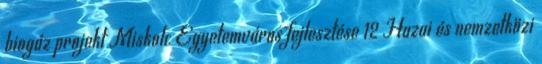
biogáz projekt Miskolc Egyetemváros fejlesztése 12 Hazai és nemzetközi